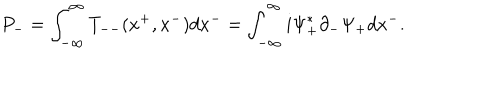
LaTeX: P _ { - } = \int _ { - { \infty } } ^ { \infty } T _ { -- } ( x ^ { + } , x ^ { - } ) d x ^ { - } = \int _ { - { \infty } } ^ { \infty } i { \Psi } _ { + } ^ { \ast } { \partial } _ { - } { \Psi } _ { + } d x ^ { - } .